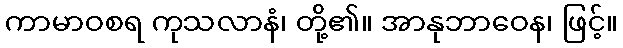
ကာမာဝစရ ကုသလာနံ၊ တို့၏။ အာနုဘာဝေန၊ ဖြင့်။